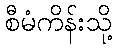
စီမံကိန်းသို့